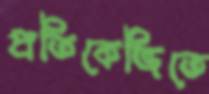
প্রতিকেজিতে